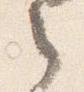
之